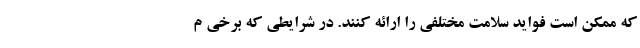
که ممکن است فواید سلامت مختلفی را ارائه کنند. در شرایطی که برخی م